Report of the Municipal Commissioner on the plague in Bombay for the year ending 31st May... - Volume 1
Disease focus: Plague
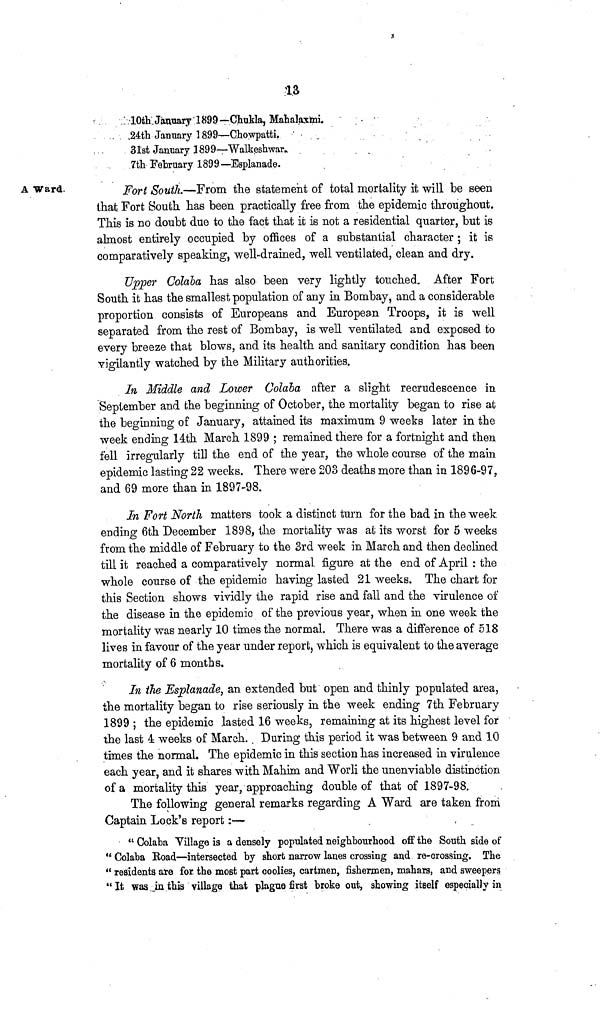
13
10th January 1899—Chukla, Mahalaxmi.
24th January 1899—Chowpatti.
31st January 1899—Walkeshwar.
7th February 1899—Esplanade.
A Ward.
Fort South.—From the statement of total mortality it will be seen
that Fort South has been practically free from the epidemic throughout.
This is no doubt due to the fact that ic is not a residential quarter, but is
almost entirely occupied by offices of a substantial character ; it is
comparatively speaking, well-drained, well ventilated, clean and dry.
Upper Colaba has also been very lightly touched. After Fort
South it has the smallest population of any in Bombay, and a considerable
proportion consists of Europeans and European Troops, it is well
separated from the rest of Bombay, is well ventilated and exposed to
every breeze that blows, and its health and sanitary condition has been
vigilantly watched by the Military authorities.
In Middle and Lower Oolaba after a slight recrudescence in
September and fehe beginning of October, the mortality began to rise at
the beginning of January, attained its maximum 9 weeks later in the
week ending 14th March 1899 ; remained there for a fortnight and then
fell irregularly till the end of the year, the whole course of the main
epidemic lasting 22 weeks. There were 203 deaths more than in 1896-97,
and 69 more than in 1897-98.
In Fort North matters took a distinct turn for the bad in the week
ending 6th December 1898, the mortality was at its worst for 5 weeks
from the middle of February to the 3rd week in March and then declined
till it reached a comparatively normal, figure at the end of April : the
whole course of the epidemic having lasted 21 weeks. The chart for
this Section shows vividly the rapid rise and fall and the virulence of
the disease in the epidemic of the previous year, when in one week the
mortality was nearly 10 times the normal. There was a difference of 518
lives in favour of the year under report, which is equivalent to the average
mortality of 6 months.
In the Esplanade, an extended but open and thinly populated area,
the mortality began to rise seriously in the week ending 7th February
1899 ; the epidemic lasted 16 weeks, remaining at its highest level for
the last 4 weeks of March. During this period it was between 9 and 10
times the normal. The epidemic in this section has increased in virulence
each year, and it shares with Mahim and Woiii the unenviable distinction
of a mortality this year, approaching double of that of 1897-98.
The following general remarks regarding A Ward are taken from
Captain Lock's report :-—
" Oolaba Village is a densely populated neighbourhood off the South side of
" Colaba Road—intersected by short narrow lanes crossing and re-crossing. The
" residents are for the most part coolies, cartmen, fishermen, mahars, and sweepers
*' It was. in this village that plague first broke out, showing itself especially in